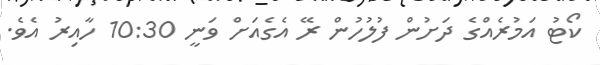
ކޯޓު އަމުރެއްގެ ދަށުން ފުލުހުން ރޭ އެގެއަށް ވަނީ 10:30 ހާއިރު އެވެ.